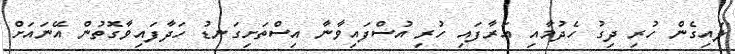
ލައިގެން ހުރި ދިގު ހެދުމާއި އަރާފައި ހުރި އުސްފައިވާނާ އިސްތަށިގަނޑު ހަދާފައިވާގޮތުން އޭނައަށް